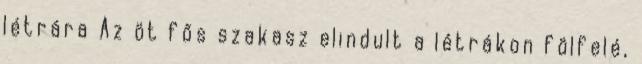
létrára Az öt fős szakasz elindult a létrákon fölfelé,